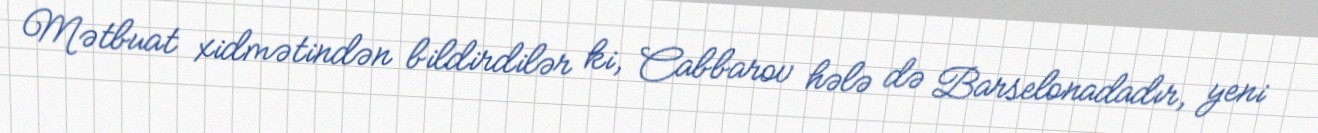
Mətbuat xidmətindən bildirdilər ki, Cabbarov hələ də Barselonadadır, yeni